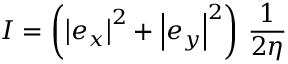
I = \left( \left| e _ { x } \right| ^ { 2 } + \left| e _ { y } \right| ^ { 2 } \right) \, { \frac { 1 } { 2 \eta } }